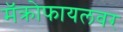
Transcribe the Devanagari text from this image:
मॅक्रोफायलवर